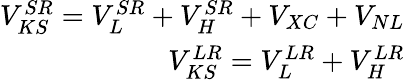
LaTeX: \begin{array}{r}{V_{KS}^{SR}=V_{L}^{SR}+V_{H}^{SR}+V_{XC}+V_{NL}}\\ {V_{KS}^{LR}=V_{L}^{LR}+V_{H}^{LR}}\end{array}